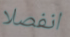
انفصلا